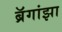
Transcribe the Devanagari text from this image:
ब्रॅगांझा